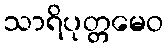
သာရိပုတ္တမေဝ